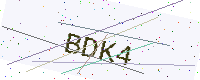
Text: BDK4